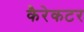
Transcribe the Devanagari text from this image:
कैरेकटर